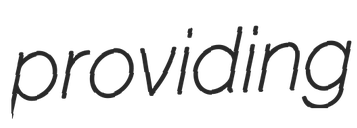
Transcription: providing